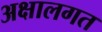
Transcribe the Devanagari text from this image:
अक्षालगत